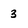
Character: 3